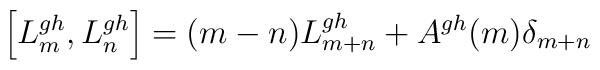
\left [ L_m^{gh} , L_n^{gh} \right ] = (m-n) L_{m+n}^{gh} + A^{gh}(m) \delta_{m+n}